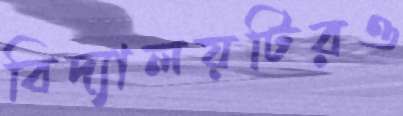
বিদ্যালয়টিরও